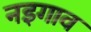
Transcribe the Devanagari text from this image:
नइगाव